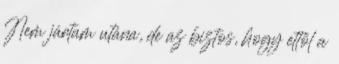
Nem jártam utána, de az biztos, hogy ettől a